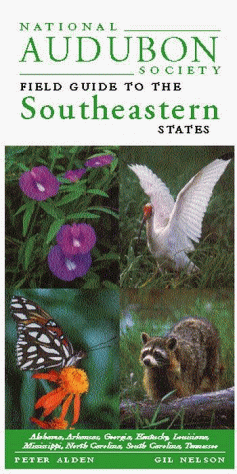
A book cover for National Audubon Society Regional Guide to the Southeastern States: Alabama, Arkansas, Georgia, Kentucky, Louisiana, Mississippi, North Carolina, ... (National Audubon Society Field Guide); NATIONAL AUDUBON SOCIETY; Science & Math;